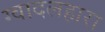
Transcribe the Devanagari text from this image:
ग्वादलहारा